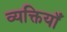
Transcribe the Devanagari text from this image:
व्यक्तियॉं